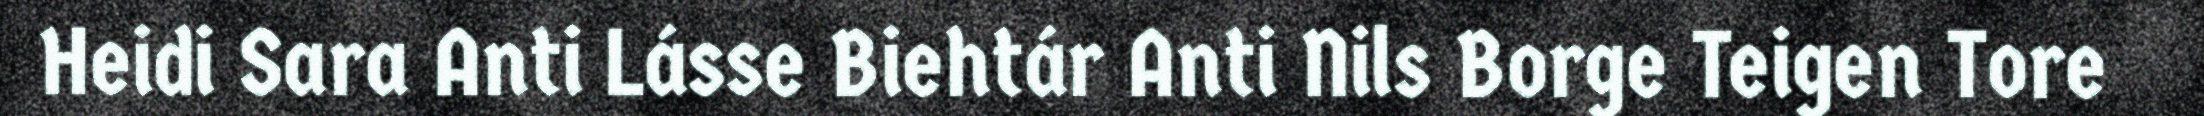
Heidi Sara Anti Lásse Biehtár Anti Nils Borge Teigen Tore